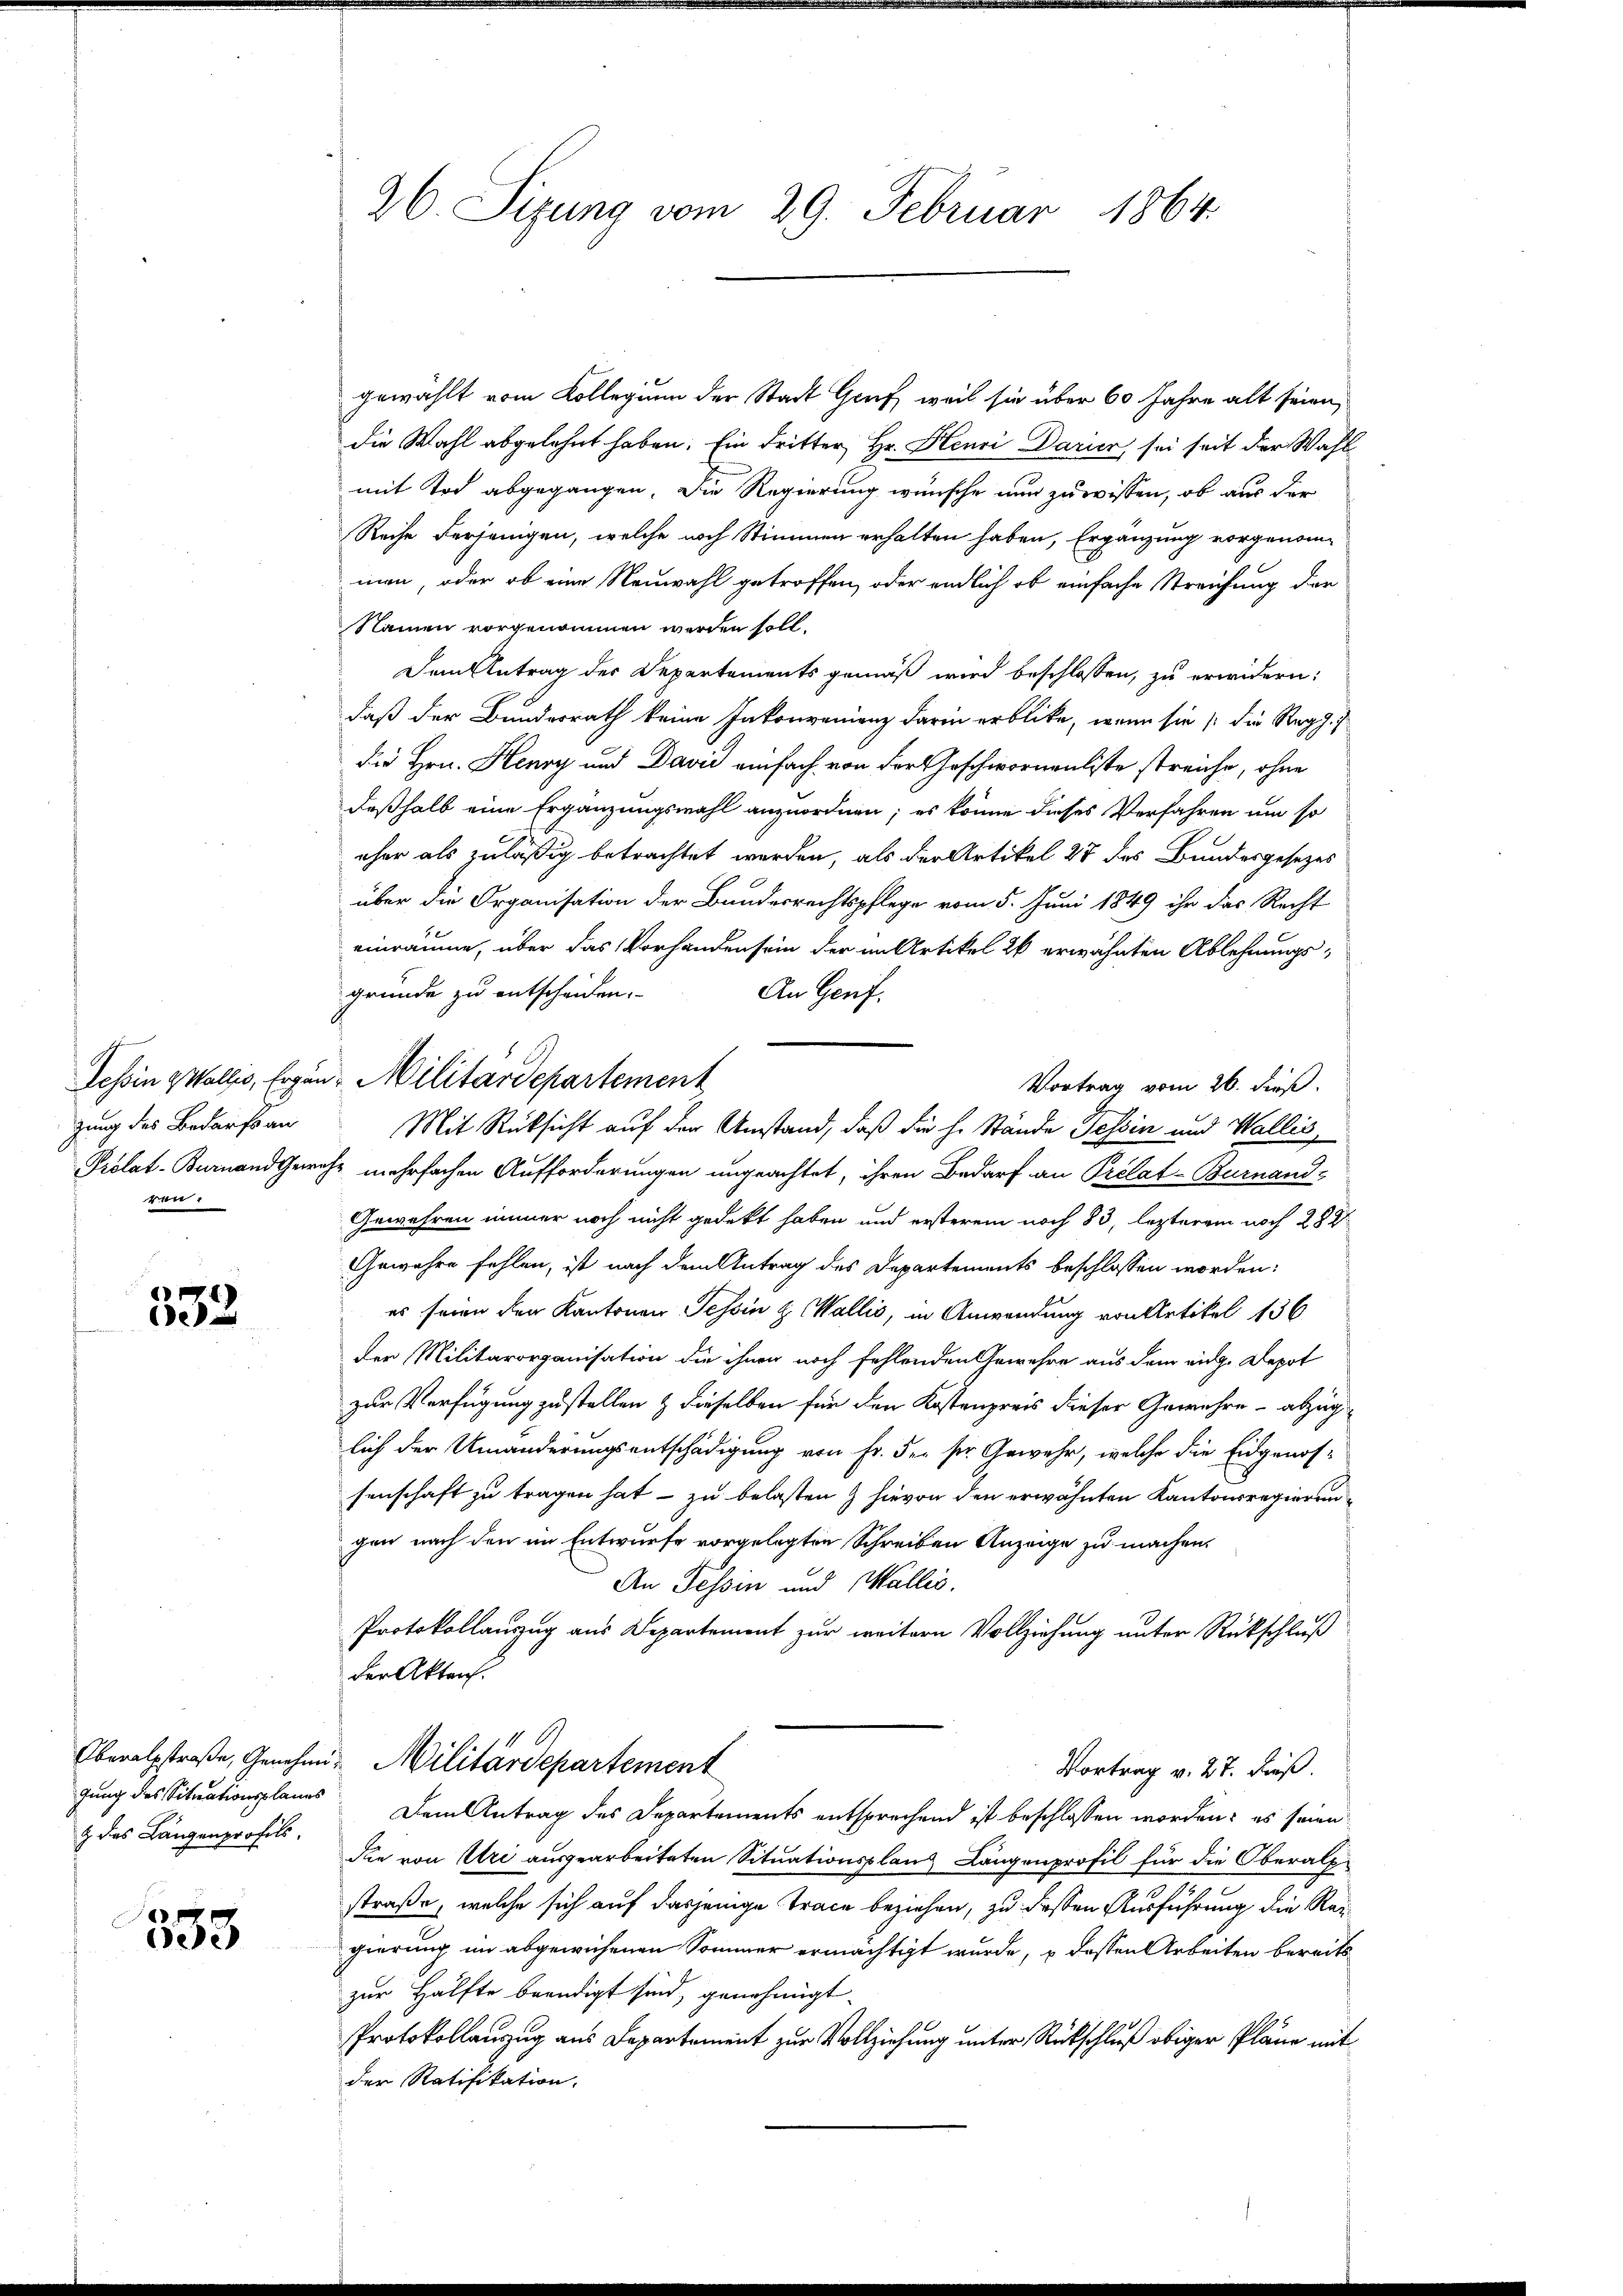
zung des Bedarfs an
r

)
e

& des Längenprofils.

353

gewählt vom Kollegium der Stadt Gruf, weil sie über 60 Jahre alt seien,
die Wahl abgelehnt haben. Ein Fritter, Hr. Henri Darier, sei seit der Wahl
mit Tod abgegangen. Die Regierung wünsche nun zu wissen, ob aus der
Reihe derjenigen, welche noch Stimmen erhalten haben, Ergänzung vorgenom-
men, oder ob eine Neuwahl getroffen, oder endlich ob einfache Streichung der
Namen vorgenommen werden soll.
Dem Antrag des Departements gemäß wird beschlossen, zu erwidern:
daß der Bundesrath keine Inkonvenienz darin erblicke, wenn sie die Regg.
die Hrn. Henry und David einfach von der Geschwornenliste streiche, ohne
deßhalb eine Ergänzungswahl anzuordnen; es könne dieses Verfahren um so
eher als zuläßig betrachtet werden, als der Artikel 27 des Bundesgesetzes
über die Organisation der Bundesrechtspflege vom 5. Juni 1849 ihr das Recht
einräume, über das Vorhanden sein der im Artikel 20 erwähnten Ablehnungsgründe zu entscheiden.
An Genf.
Vortrag vom 26. dieß.
Mit Rücksicht auf der Umstand, daß die h. Stände Tessin und Wallis,
Piolat-Bernandgericht mehrfachen Aufforderungen ungeachtet, ihren Bedarf an Prélat-Burnand-
Gewehren immer noch nicht gedekt haben und ersterem noch 83, lezterem noch 282
Gewahre fehlen, ist nach dem Antrag des Departements beschlossen worden:
es seien der Kantonen Tessin u. Wallis, in Anwendung von Artikel 136
der Militärorganisation die ihnen noch fehlenden Gewehre aus dem eidg. Depot
zur Verfügung zustellen & dieselben für den Kostenpreis dieser Gewehre abzuglich der Umänderungsentschädigung von Fr. der sr. Gewehr, welche die Eidgenossenschaft zu tragen hat - zu belasten & hievon den erwähnten Kantonsregierungen nach den im Entwurfe vorgelegten Schreiben Anzeige zu machen.
An Tessin und Wallis.
Protokollauszug aus Departement zur weitern Vollziehung unter Rückschluß
der Akten.
Oberalstraße, Genehmi-Militärdepartement
Vortrag v. 27. Dieß.
gung des Situationsplanes. Dem Antrag des Departements entsprechend ist beschlossen worden: es seien
die von Uri ausgearbeiteten Situationsplanz Längenprofil für die Oberalpstraße, welche sich auf dasjenige Trace beziehen, zu dessen Ausführung die Reigierung im abgewichenen Sommer ermächtigt wurde, u dessen Arbeiten bereits
zur Hälfte beendigt sind, genehmigt.
Protokollauszug aus Departement zur Vollziehung unter Rückschluß obiger Pläne mit
der Ratifikation,

26. Sizung vom 29. Februar 1864.

Tessin Wallis, Ergen Militärdepartement